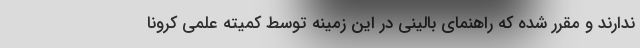
ندارند و مقرر شده که راهنمای بالینی در این زمینه توسط کمیته علمی کرونا